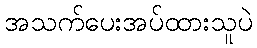
အသက်ပေးအပ်ထားသူပဲ